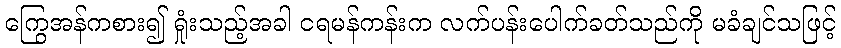
ကြွေအန်ကစား၍ ရှုံးသည့်အခါ ငရမန်ကန်းက လက်ပန်းပေါက်ခတ်သည်ကို မခံချင်သဖြင့်